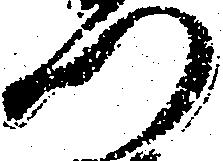
門